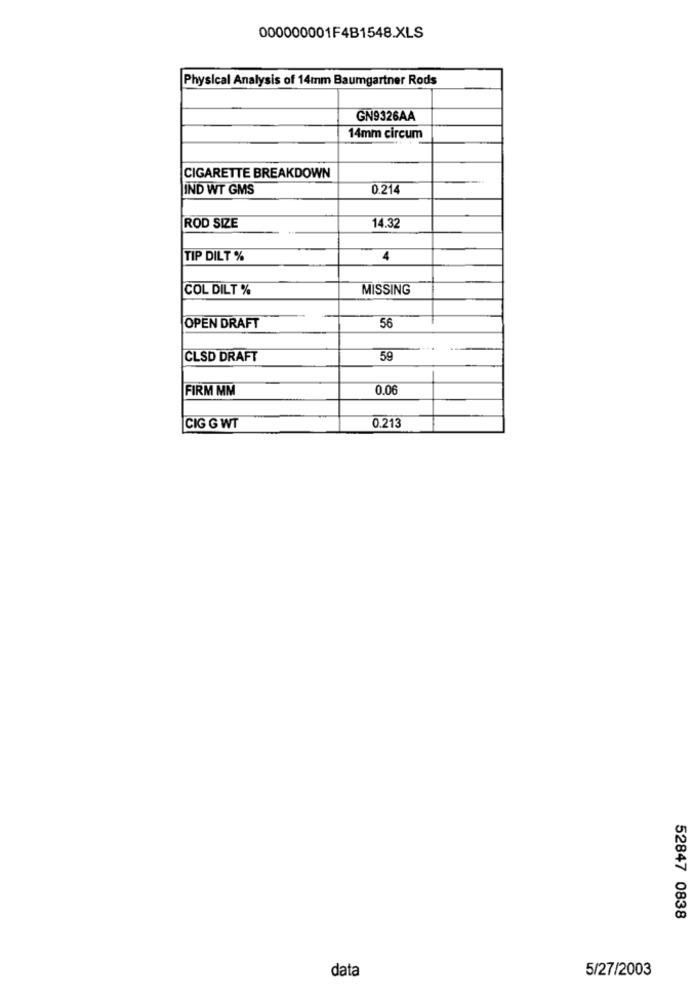
000000001F4B1548.XLS
Physical Analysis of 14mm Baumgartner Rods
GN9326AA
14mm circum
CIGARETTE BREAKDOWN
IND WT GMS
0.214
ROD SIZE
14.32
TIP DILT %
4
COL DILT %
MISSING
56
OPEN DRAFT
...
CLSD DRAFT
59
FIRM MM
0.0
CIG G WT
0.213
52847 0838
data
5/27/2003